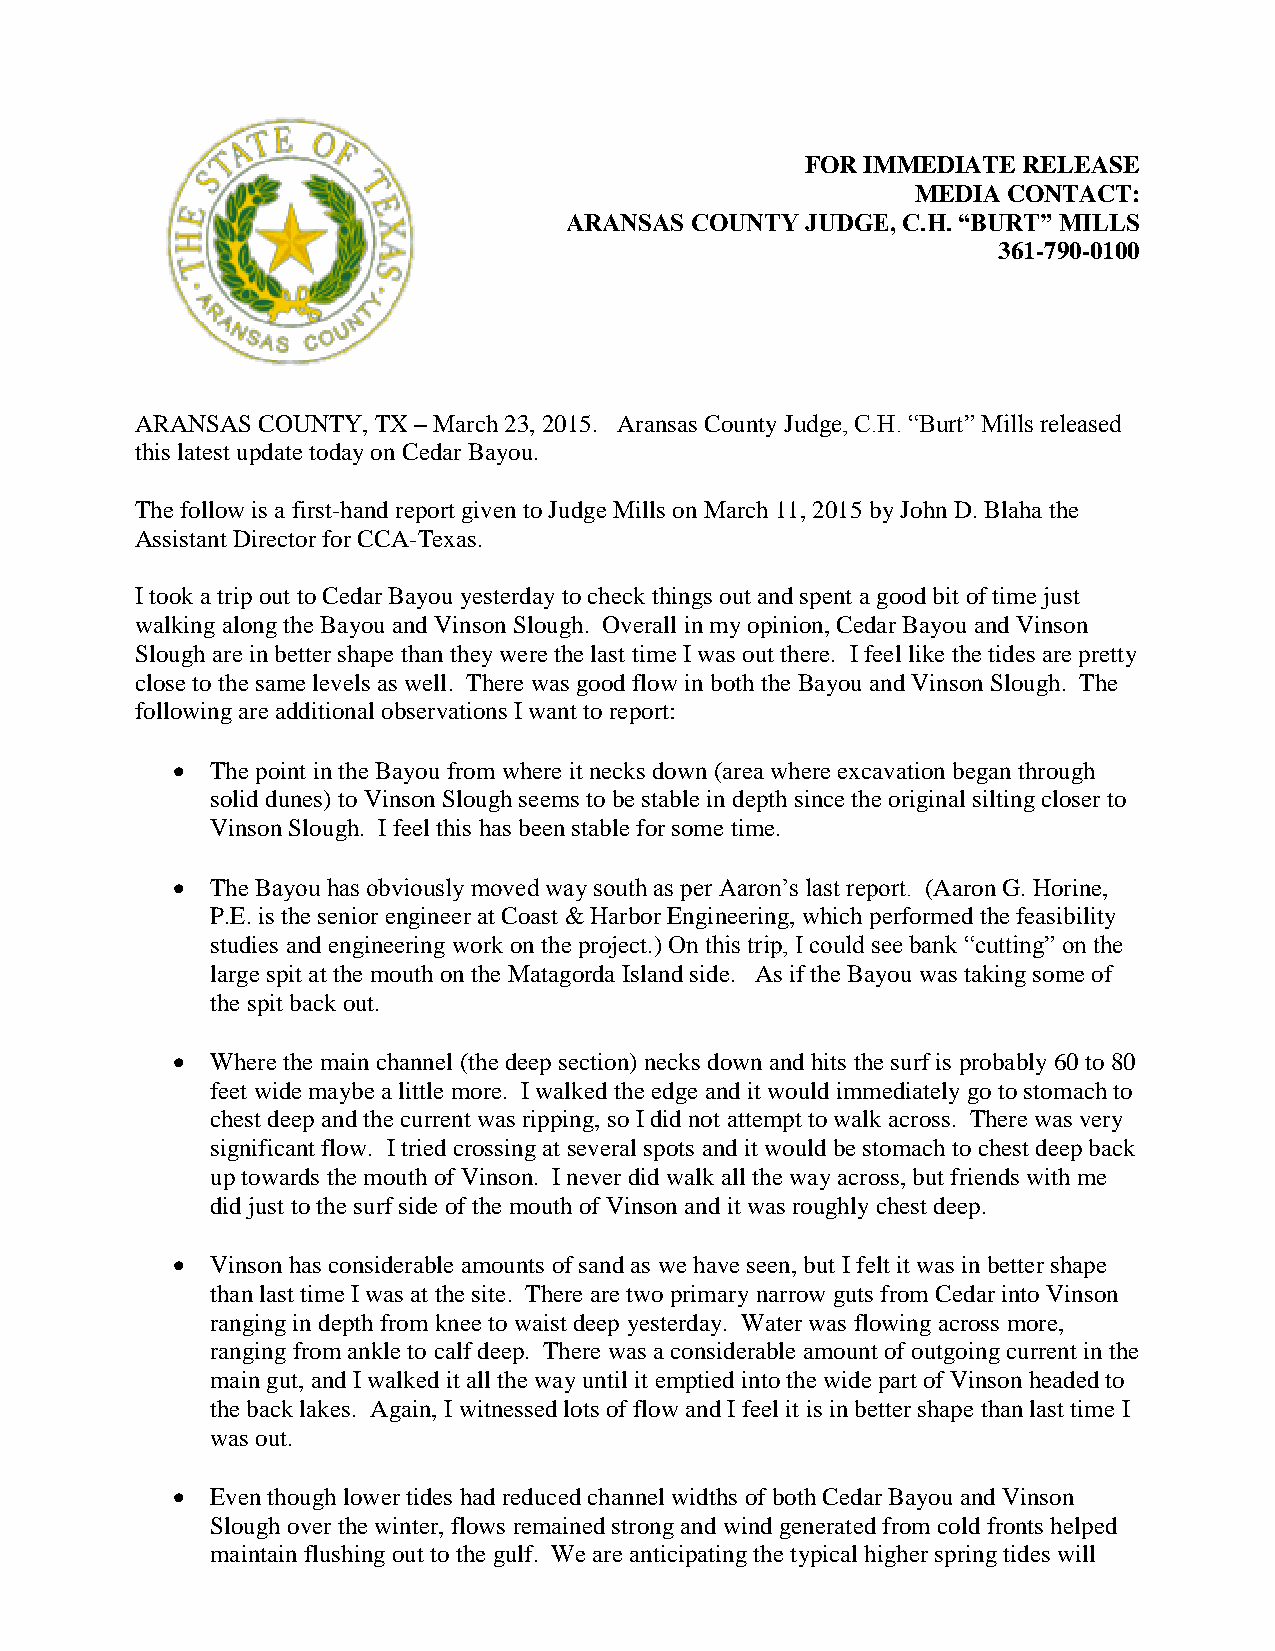
FOR IMMEDIATE  RELEASE
 MEDIA CONTACT:
 ARANSAS  COUNTY JUDGE, C.H. “BURT” MILLS
 361-790-0100
 ARANSAS COUNTY, TX – March 23, 2015. Aransas County Judge, C.H. “Burt” Mills released
 this latest update today on Cedar Bayou.
 The follow is a first-hand report given to Judge Mills on March 11, 2015 by John D. Blaha the
 Assistant Director for CCA-Texas.
 I took a trip out to Cedar Bayou yesterday to check things out and spent a good bit of time just
 walking along the Bayou and Vinson Slough. Overall in my opinion, Cedar Bayou and Vinson
 Slough are in better shape than they were the last time I was out there. I feel like the tides are pretty
 close to the same levels as well. There was good flow in both the Bayou and Vinson Slough. The
 following are additional observations I want to report:
   The point in the Bayou from where it necks down (area where excavation began through
 solid dunes) to Vinson Slough seems to be stable in depth since the original silting closer to
 Vinson Slough. I feel this has been stable for some time.
   The Bayou has obviously moved way south as per Aaron’s last report. (Aaron G. Horine,
 P.E. is the senior engineer at Coast & Harbor Engineering, which performed the feasibility
 studies and engineering work on the project.) On this trip, I could see bank “cutting” on the
 large spit at the mouth on the Matagorda Island side. As if the Bayou was taking some of
 the spit back out.
   Where the main channel (the deep section) necks down and hits the surf is probably 60 to 80
 feet wide maybe a little more. I walked the edge and it would immediately go to stomach to
 chest deep and the current was ripping, so I did not attempt to walk across. There was very
 significant flow. I tried crossing at several spots and it would be stomach to chest deep back
 up towards the mouth of Vinson. I never did walk all the way across, but friends with me
 did just to the surf side of the mouth of Vinson and it was roughly chest deep.
   Vinson has considerable amounts of sand as we have seen, but I felt it was in better shape
 than last time I was at the site. There are two primary narrow guts from Cedar into Vinson
 ranging in depth from knee to waist deep yesterday. Water was flowing across more,
 ranging from ankle to calf deep. There was a considerable amount of outgoing current in the
 main gut, and I walked it all the way until it emptied into the wide part of Vinson headed to
 the back lakes. Again, I witnessed lots of flow and I feel it is in better shape than last time I
 was out.
   Even though lower tides had reduced channel widths of both Cedar Bayou and Vinson
 Slough over the winter, flows remained strong and wind generated from cold fronts helped
 maintain flushing out to the gulf. We are anticipating the typical higher spring tides will